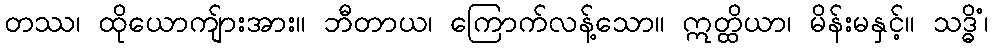
တဿ၊ ထိုယောကျ်ားအား။ ဘီတာယ၊ ကြောက်လန့်သော။ ဣတ္ထိယာ၊ မိန်းမနှင့်။ သဒ္ဓိံ၊